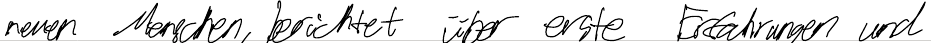
neuen Menschen, berichtet über erste Erfahrungen und